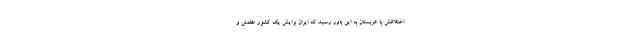
اختلافش با عربستان به این باور رسید که ایران برایش یک کشور مطمئن و